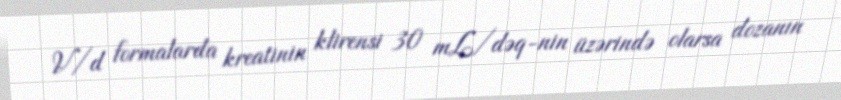
V/d formalarda kreatinin klirensi 30 mL/dəq-nin üzərində olarsa dozanın